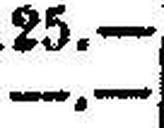
—.—